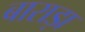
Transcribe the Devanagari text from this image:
बाराड़ा